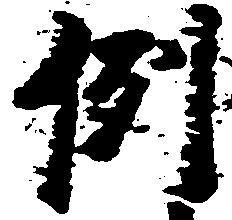
例